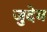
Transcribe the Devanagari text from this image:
जुदेव